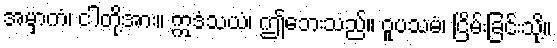
အမှာကံ၊ ငါတို့အား။ ဣဒံသယံ၊ ဤဘေးသည်။ ဝူပသမံ၊ ငြိမ်းခြင်းသို့။